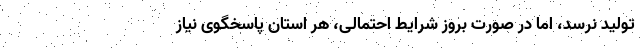
تولید نرسد، اما در صورت بروز شرایط احتمالی، هر استان پاسخگوی نیاز